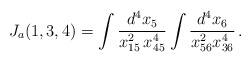
LaTeX: \begin{align*}J_a(1,3,4) = \int \frac{d^4x_5}{x^2_{15} \, x^4_{45}} \int \frac{d^4x_6}{x^2_{56} x^4_{36}}\, .\end{align*}